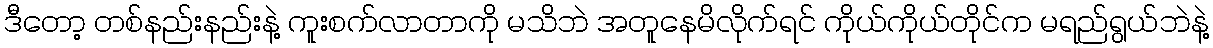
ဒီတော့ တစ်နည်းနည်းနဲ့ ကူးစက်လာတာကို မသိဘဲ အတူနေမိလိုက်ရင် ကိုယ်ကိုယ်တိုင်က မရည်ရွယ်ဘဲနဲ့